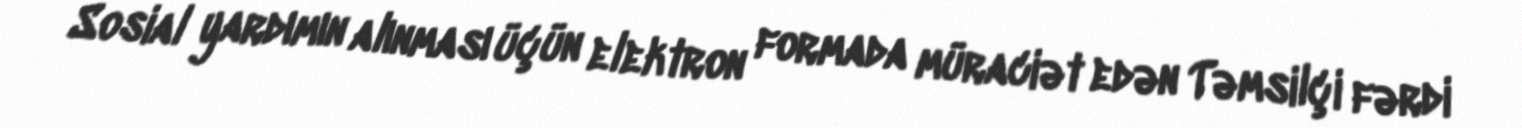
Sosial yardımın alınması üçün elektron formada müraciət edən Təmsilçi fərdi